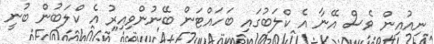
ނިއުއިން ވެސް އޭނާ އެ ކްލަބުގައި ބަހައްޓަން ބޭނުންވިއިރު އެ ކްލަބުން ބުނީ